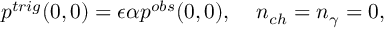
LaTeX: p ^ { t r i g } ( 0 , 0 ) = \epsilon \alpha p ^ { o b s } ( 0 , 0 ) , \; \; \; \; n _ { c h } = n _ { \gamma } = 0 ,